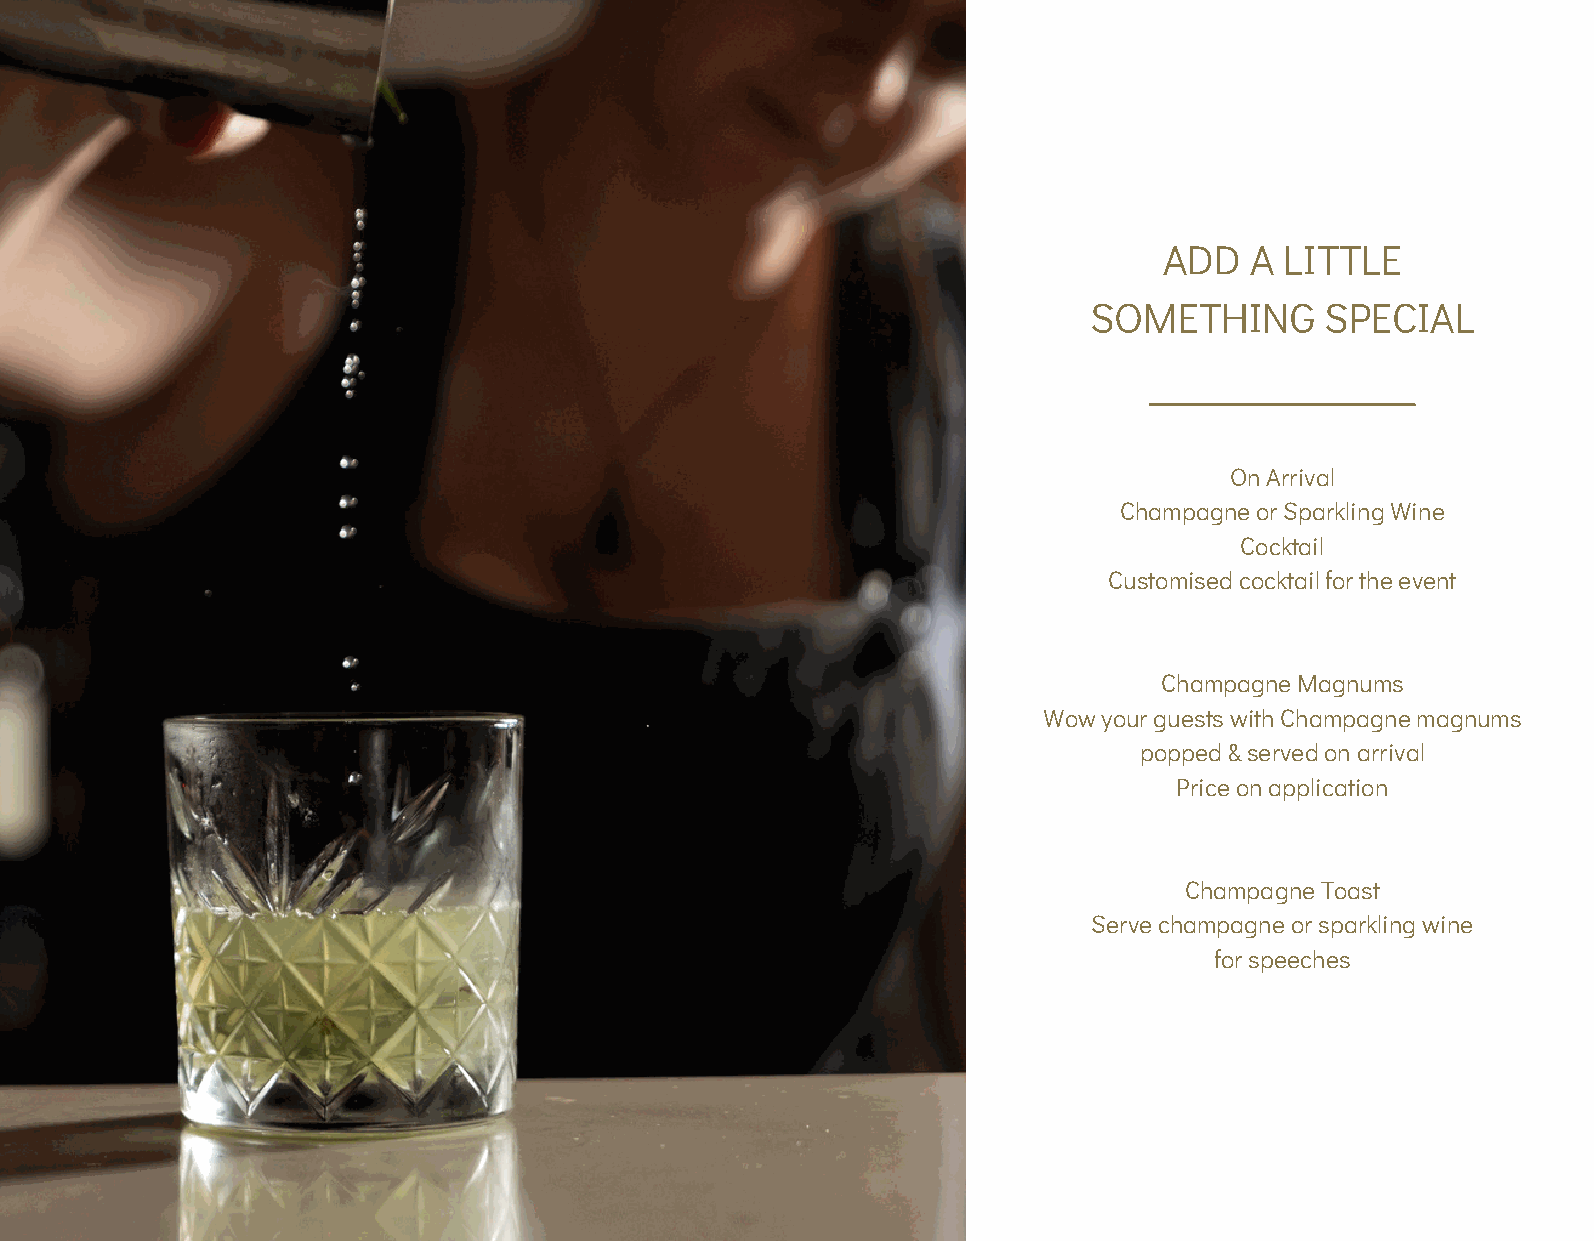
ADD   A LITTLE
 SOMETHING       SPECIAL
 On Arrival
 Champagne or Sparkling Wine
 Cocktail
 Customised cocktail for the event
 Champagne Magnums
 Wow your guests with Champagne magnums
 popped & served on arrival
 Price on application
 Champagne Toast
 Serve champagne or sparkling wine
 for speeches